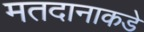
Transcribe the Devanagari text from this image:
मतदानाकडे